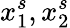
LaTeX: x_{1}^{s},x_{2}^{s}